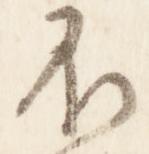
不